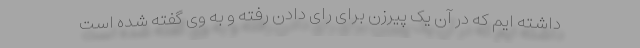
داشته ایم که در آن یک پیرزن برای رای دادن رفته و به وی گفته شده است